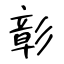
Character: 彰